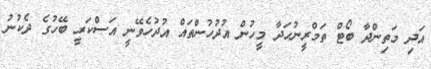
އަދި މަތިންދާ ބޯޓް ތަމްރީނުހަދާ މީހުން އުދުހުންތައް އުދުހެވޭނީ އަސްކަރީ ބޭހުގެ ދެކުނު